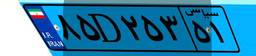
۸۵D۲۵۳۵۱